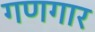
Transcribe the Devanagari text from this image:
गणगार